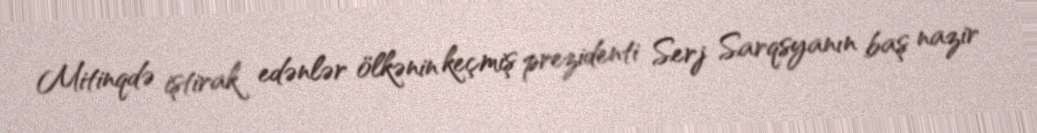
Mitinqdə iştirak edənlər ölkənin keçmiş prezidenti Serj Sarqsyanın baş nazir